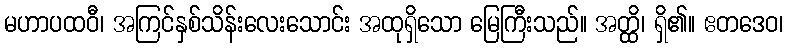
မဟာပထဝီ၊ အကြင်နှစ်သိန်းလေးသောင်း အထုရှိသော မြေကြီးသည်။ အတ္ထိ၊ ရှိ၏။ ဧတဒေဝ၊